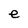
Character: e